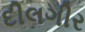
દીલગીર